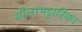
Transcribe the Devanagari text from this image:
शीलाभट्टारिका